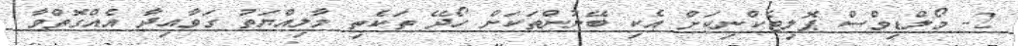
2- މޯލްޑިވްސް ޕޮލިޓެކްނިކަށް އެކި ބޭނުންތަކަށް ހޯދޭ ތަކެތި މާލިއްޔަތު ގަވާއިދާ އެއްގޮތްވާ